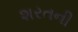
શરતની